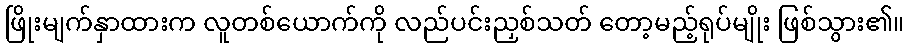
ဖြိုးမျက်နှာထားက လူတစ်ယောက်ကို လည်ပင်းညှစ်သတ် တော့မည့်ရုပ်မျိုး ဖြစ်သွား၏။